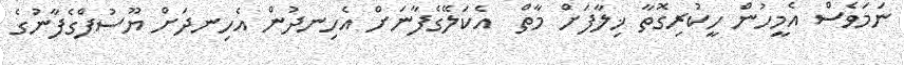
ނަމަވެސް އެމީހުން ހީކުރިގޮތާ ޚިލާފަށް މާތް  އެކަލޭގެފާނަށް އެހިނދުން އެހިނދަށް ޔޫސުފްގެފާނުގެ